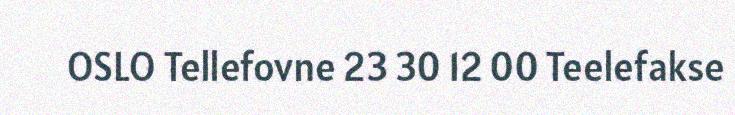
OSLO Tellefovne 23 30 12 00 Teelefakse